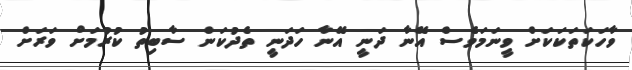
ވާހަކަތަކަކަށް ވީނަމަވެސް އޭނާ ދަނީ އޭނާ ހަދަނީ ތެދުކަން ސާބިތު ކުރުމަށް ވަރަށް